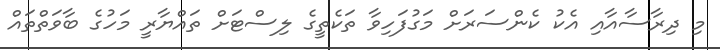
މި ދިރާސާއާއި އެކު ކެންސަރަށް މަގުފަހިވާ ތަކެތީގެ ލިސްޓަށް ތައްޔާރީ މަހުގެ ބާވަތްތައް